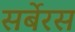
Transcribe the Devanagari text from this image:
सर्बेरस